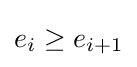
e_{i}\geq e_{i+1}